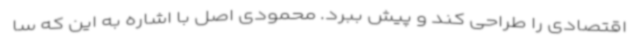
اقتصادی را طراحی کند و پیش ببرد. محمودی اصل با اشاره به این که سا